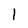
Character: l